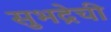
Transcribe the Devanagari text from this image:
सुभद्रेची